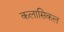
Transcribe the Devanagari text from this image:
कलासिकल